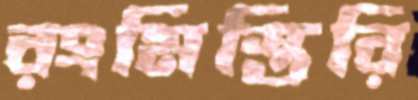
রংমিস্তিরি